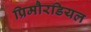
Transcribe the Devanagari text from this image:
प्रिमौरडियल